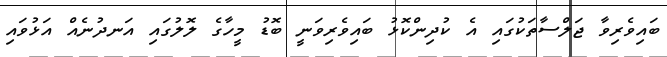
ބައިވެރިވާ ޖަލްސާތަކުގައި އެ ކުދިންކޮޅު ބައިވެރިވަނީ ބޮޑު މީހާގެ ލޮލުގައި އަނދުނެއް އަޅުވައި